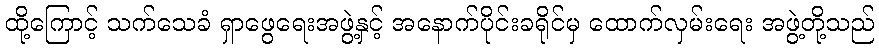
ထို့ကြောင့် သက်သေခံ ရှာဖွေရေးအဖွဲ့နှင့် အနောက်ပိုင်းခရိုင်မှ ထောက်လှမ်းရေး အဖွဲ့တို့သည်